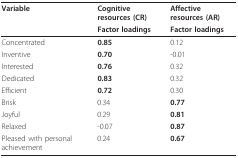
<table><thead><tr><td><b>Variable</b></td><td><b>Cognitive resources (CR)</b></td><td><b>Affective resources (AR)</b></td></tr><tr><td></td><td><b>Factor loadings</b></td><td><b>Factor loadings</b></td></tr></thead><tbody><tr><td>Concentrated</td><td><b>0.85</b></td><td>0.12</td></tr><tr><td>Inventive</td><td><b>0.70</b></td><td>-0.01</td></tr><tr><td>Interested</td><td><b>0.76</b></td><td>0.32</td></tr><tr><td>Dedicated</td><td><b>0.83</b></td><td>0.32</td></tr><tr><td>Efficient</td><td><b>0.72</b></td><td>0.30</td></tr><tr><td>Brisk</td><td>0.34</td><td><b>0.77</b></td></tr><tr><td>Joyful</td><td>0.29</td><td><b>0.81</b></td></tr><tr><td>Relaxed</td><td>-0.07</td><td><b>0.87</b></td></tr><tr><td>Pleased with personal achievement</td><td>0.24</td><td><b>0.67</b></td></tr></tbody></table>